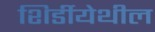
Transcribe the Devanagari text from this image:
शिर्डीयेथील